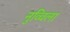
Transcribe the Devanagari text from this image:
नुव्विला